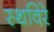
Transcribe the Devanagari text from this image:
स्थविरे